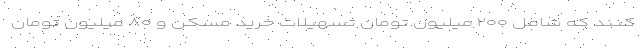
کنند که شامل ۲۰۰ میلیون تومان تسهیلات خرید مسکن و ۸۰ میلیون تومان